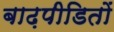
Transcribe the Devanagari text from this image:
बाढ़पीडितों